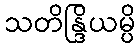
သတိန္ဒြိယမ္ပိ